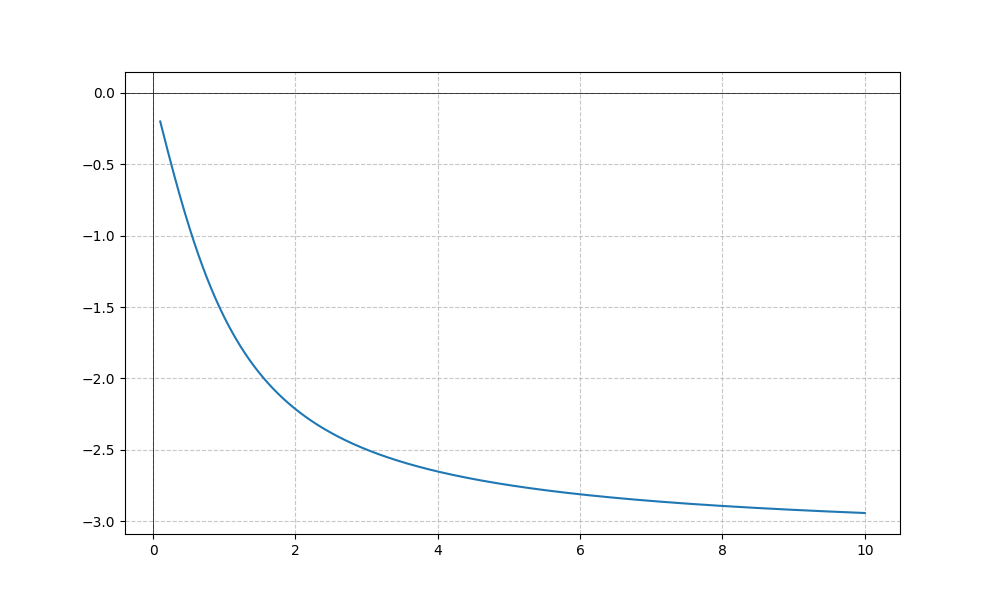
LaTeX formula: - 2 \operatorname{atan}{\left(x \right)}